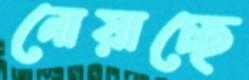
নোয়াচ্ছে